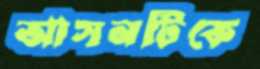
আসনটিকে